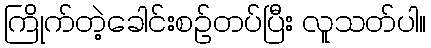
ကြိုက်တဲ့ခေါင်းစဉ်တပ်ပြီး လူသတ်ပါ။